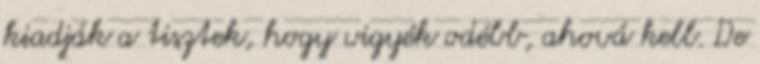
kiadják a tisztek, hogy vigyék odébb, ahová kell. De